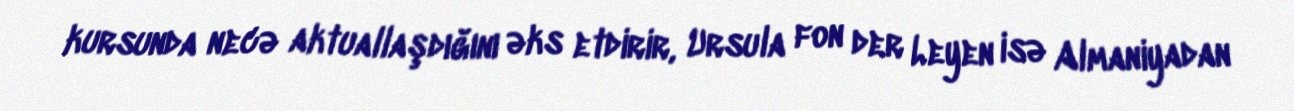
kursunda necə aktuallaşdığını əks etdirir, Ursula fon der Leyen isə Almaniyadan